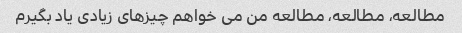
مطالعه، مطالعه، مطالعه من می خواهم چیزهای زیادی یاد بگیرم